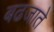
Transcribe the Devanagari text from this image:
बढजाते